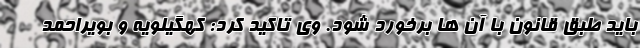
باید طبق قانون با آن ها برخورد شود. وی تاکید کرد: کهگیلویه و بویراحمد